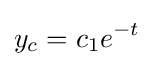
y_{c}=c_{1}e^{-t}